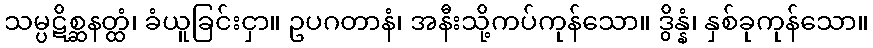
သမ္ပဋိစ္ဆနတ္ထံ၊ ခံယူခြင်းငှာ။ ဥပဂတာနံ၊ အနီးသို့ကပ်ကုန်သော။ ဒွိန္နံ၊ နှစ်ခုကုန်သော။